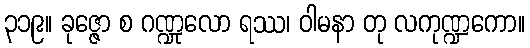
၃၁၉။ ခုဇ္ဇော စ ဂဏ္ဍုလော ရဿ၊ ဝါမနာ တု လကုဏ္ဍကော။